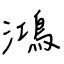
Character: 鴻